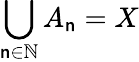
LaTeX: \bigcup_{\mathsf{n}\in\mathbb{{N}}}A_{\mathsf{n}}=X